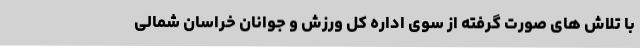
با تلاش های صورت گرفته از سوی اداره کل ورزش و جوانان خراسان شمالی